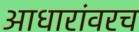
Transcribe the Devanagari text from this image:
आधारांवरच